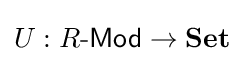
U:R{\text{-}}{\mathsf {Mod}}\to {\textbf {Set}}